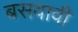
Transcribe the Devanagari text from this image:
बसवावी